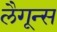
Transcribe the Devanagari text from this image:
लैगून्स